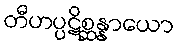
တီဟပ္ပဋိစ္ဆန္နာယော